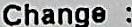
CHANGE :